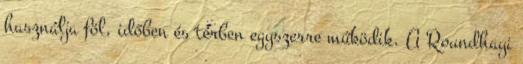
használja föl, időben és térben egyszerre működik. A Roundhayi